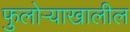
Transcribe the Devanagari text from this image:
फुलोऱ्याखालील